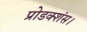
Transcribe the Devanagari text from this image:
प्रोडक्शंस।